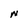
Character: N